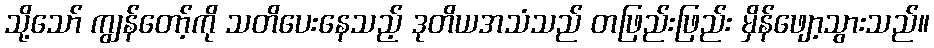
သို့သော် ကျွန်တော့်ကို သတိပေးနေသည့် ဒုတိယအသံသည် တဖြည်းဖြည်း မှိန်ဖျော့သွားသည်။